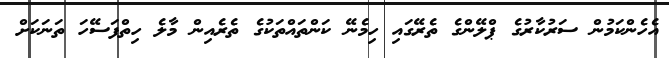
އެހެންކަމުން ސަރުކާރުގެ ޕްލޭންގެ ތެރޭގައި ހިމެނޭ ކަންތައްތަކުގެ ތެރެއިން މާލެ ހިތްފަސޭހަ ތަނަކަށް